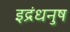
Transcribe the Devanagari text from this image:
इद्रंधनुष